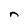
Character: n